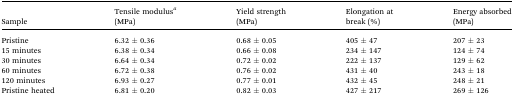
<table><thead><tr><td><b>Sample</b></td><td><b>Tensile modulus<sup><i>a</i></sup> (MPa)</b></td><td><b>Yield strength (MPa)</b></td><td><b>Elongation at break (%)</b></td><td><b>Energy absorbed (MPa)</b></td></tr></thead><tbody><tr><td>Pristine</td><td>6.32 ± 0.36</td><td>0.68 ± 0.05</td><td>405 ± 47</td><td>207 ± 23</td></tr><tr><td>15 minutes</td><td>6.38 ± 0.34</td><td>0.66 ± 0.08</td><td>234 ± 147</td><td>124 ± 74</td></tr><tr><td>30 minutes</td><td>6.64 ± 0.34</td><td>0.72 ± 0.02</td><td>222 ± 137</td><td>129 ± 62</td></tr><tr><td>60 minutes</td><td>6.72 ± 0.38</td><td>0.76 ± 0.02</td><td>431 ± 40</td><td>243 ± 18</td></tr><tr><td>120 minutes</td><td>6.93 ± 0.27</td><td>0.77 ± 0.01</td><td>432 ± 45</td><td>248 ± 21</td></tr><tr><td>Pristine heated</td><td>6.81 ± 0.20</td><td>0.82 ± 0.03</td><td>427 ± 217</td><td>269 ± 126</td></tr></tbody></table>